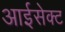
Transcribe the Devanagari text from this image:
आईसेक्ट